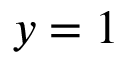
y = 1